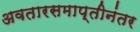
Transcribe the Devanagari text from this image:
अवतारसमाप्तीनंतर